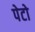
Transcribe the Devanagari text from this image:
पेटो